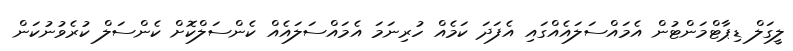
ލީގަލް ޑިޕާޓްމަންޓުން އެމައްސަލައެއްގައި އެފަދަ ކަމެއް ހުރިނަމަ އެމައްސަލައެއް ކެންސަލްކޮށް ކެންސަލް ކުރެވުނުކަން